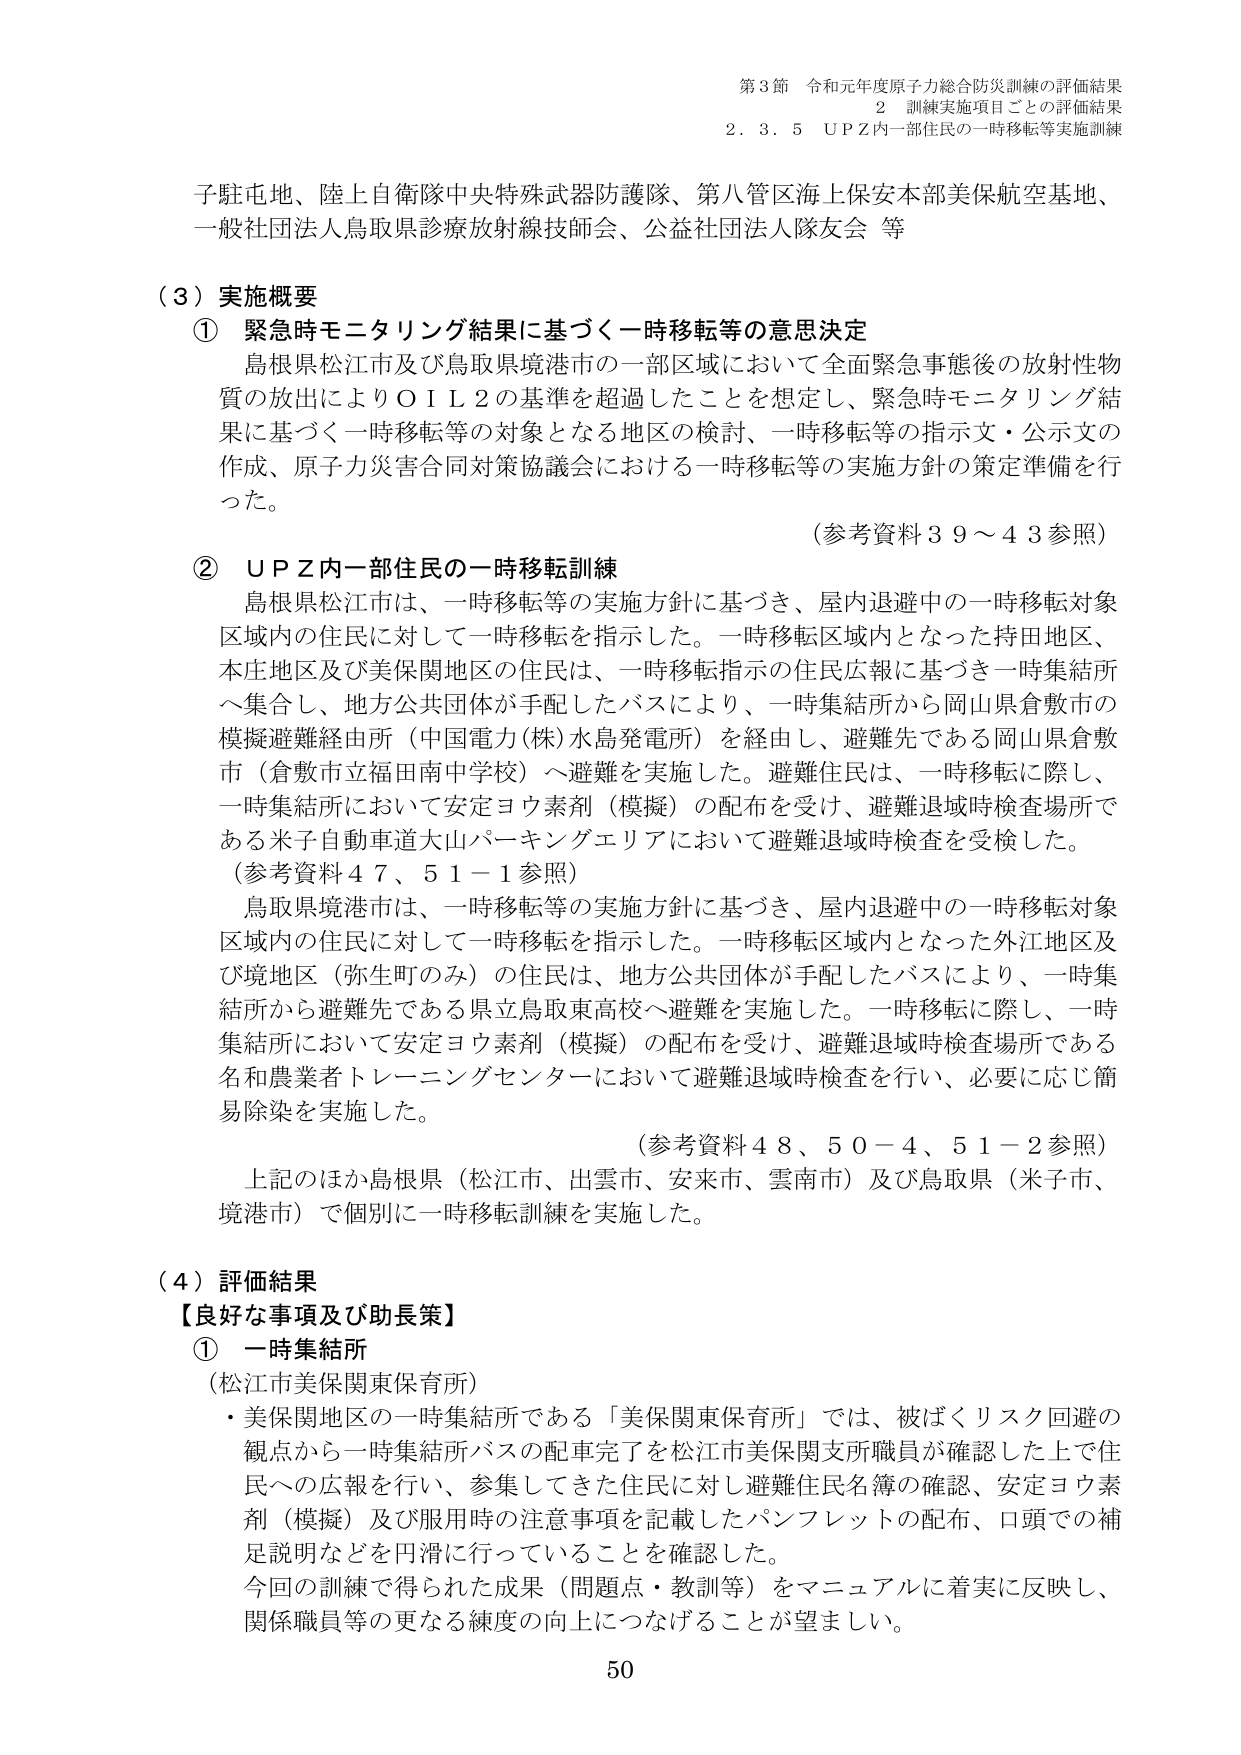
第3節 令和元年度原子力総合防災訓練の評価結果
2 訓練実施項目ごとの評価結果
2.3.5 UPZ内一部住民の一時移転等実施訓練

子駐屯地、陸上自衛隊中央特殊武器防護隊、第八管区海上保安本部美保航空基地、
一般社団法人鳥取県診療放射線技師会、公益社団法人隊友会 等

（3）実施概要
① 緊急時モニタリング結果に基づく一時移転等の意思決定
島根県松江市及び鳥取県境港市の一部区域において全面緊急事態後の放射性物質の放出によりＯＩＬ２の基準を超過したことを想定し、緊急時モニタリング結果に基づく一時移転等の対象となる地区の検討、一時移転等の指示文・公示文の作成、原子力災害合同対策協議会における一時移転等の実施方針の策定準備を行った。
（参考資料39～43参照）

② UPZ内一部住民の一時移転訓練
島根県松江市は、一時移転等の実施方針に基づき、屋内退避中の一時移転対象区域内の住民に対して一時移転を指示した。一時移転区域内となった持田地区、本庄地区及び美保関地区の住民は、一時移転指示の住民広報に基づき一時集結所へ集合し、地方公共団体が手配したバスにより、一時集結所から岡山県倉敷市の模擬避難経由所（中国電力(株)水島発電所）を経由し、避難先である岡山県倉敷市（倉敷市立福田南中学校）へ避難を実施した。避難住民は、一時移転に際し、一時集結所において安定ヨウ素剤（模擬）の配布を受け、避難退域時検査場所である米子自動車道大山パーキングエリアにおいて避難退域時検査を受検した。
（参考資料47、51－1参照）

鳥取県境港市は、一時移転等の実施方針に基づき、屋内退避中の一時移転対象区域内の住民に対して一時移転を指示した。一時移転区域内となった外江地区及び境地区（弥生町のみ）の住民は、地方公共団体が手配したバスにより、一時集結所から避難先である県立鳥取東高校へ避難を実施した。一時移転に際し、一時集結所において安定ヨウ素剤（模擬）の配布を受け、避難退域時検査場所である名和農業者トレーニングセンターにおいて避難退域時検査を行い、必要に応じ簡易除染を実施した。
（参考資料48、50－4、51－2参照）

上記のほか島根県（松江市、出雲市、安来市、雲南市）及び鳥取県（米子市、境港市）で個別に一時移転訓練を実施した。

（4）評価結果
【良好な事項及び助長策】
① 一時集結所
（松江市美保関東保育所）
・美保関地区の一時集結所である「美保関東保育所」では、被ばくリスク回避の観点から一時集結所バスの配車完了を松江市美保関支所職員が確認した上で住民への広報を行い、参集してきた住民に対し避難住民名簿の確認、安定ヨウ素剤（模擬）及び服用時の注意事項を記載したパンフレットの配布、口頭での補足説明などを円滑に行っていることを確認した。
今回の訓練で得られた成果（問題点・教訓等）をマニュアルに着実に反映し、関係職員等の更なる練度の向上につなげることが望ましい。

50